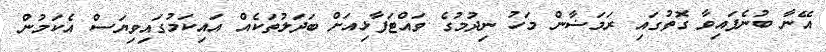
އޭނާ ބުނެފައިވާ ގޮތުގައި ރަމަޟާން މަހު ނިދުމުގެ ވައްޓަފާޅިއަށް ބަދަލުތަކެއް އައިކަމުގައިވިޔަސް އެކަމުން